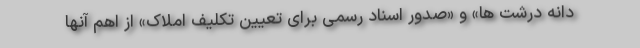
دانه درشت ها» و «صدور اسناد رسمی برای تعیین تکلیف املاک» از اهم آنها